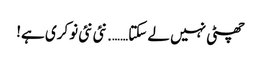
چھٹی نہیں لے سکتا……. نئی نئی نوکری ہے!